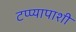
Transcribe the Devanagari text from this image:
टप्प्यापाशी